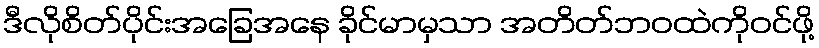
ဒီလိုစိတ်ပိုင်းအခြေအနေ ခိုင်မာမှသာ အတိတ်ဘဝထဲကိုဝင်ဖို့